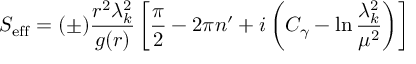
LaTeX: S _ { \mathrm { e f f } } = ( \pm ) { \frac { r ^ { 2 } \lambda _ { k } ^ { 2 } } { g ( r ) } } \left[ { \frac { \pi } { 2 } } - 2 \pi n ^ { \prime } + i \left( C _ { \gamma } - \ln { \frac { \lambda _ { k } ^ { 2 } } { \mu ^ { 2 } } } \right) \right]